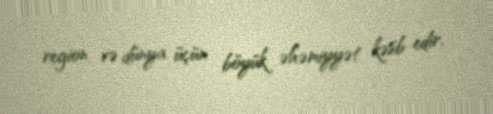
region və dünya üçün böyük əhəmiyyət kəsb edir.